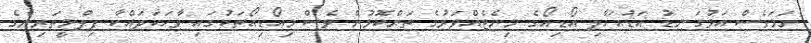
ނަމަވެސް އަޅުގަނޑު އަޑުއަހާލި އޯޑިއޯގެ މިނެޓެއްވަރުގެ ތަންކޮޅުން ވެސް މިއޯޑިއޯތަކުގައި ވާހަކަދައްކާ ފިލްމީތަރިންގެ